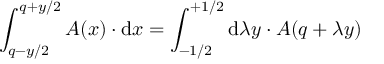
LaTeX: \int _ { q - y / 2 } ^ { q + y / 2 } { \cal A } ( x ) \cdot \mathrm { d } { x } = \int _ { - 1 / 2 } ^ { + 1 / 2 } \mathrm { d } { \lambda } y \cdot { \cal A } ( q + \lambda y )